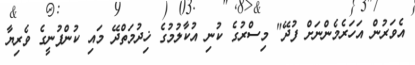
އެވަރުން އަހަރެމެންނަށް ފުދޭ" މިސްރުގެ ކުނި އުކާލުމުގެ ޚިދުމަތްދޭ މައި ކުންފުނީގެ ވެރިޔާ